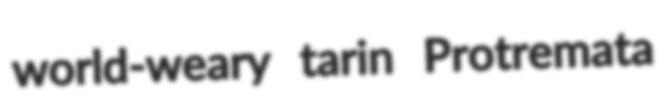
world-weary tarin Protremata